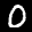
Label: 0